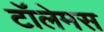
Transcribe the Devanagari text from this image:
टॉलेमस